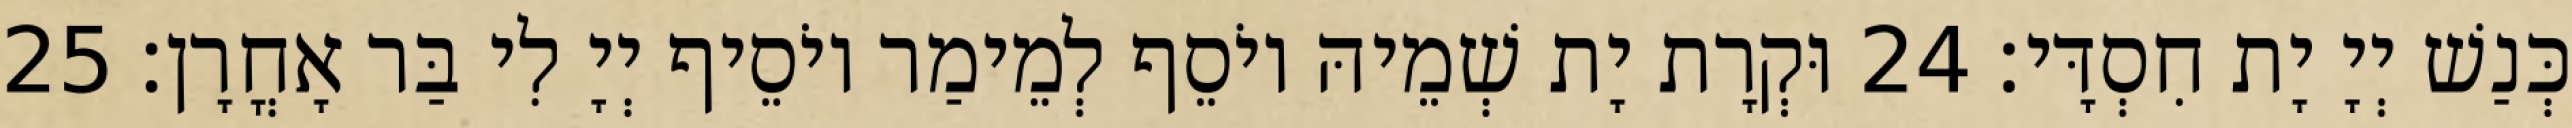
כְּנַשׁ יְיָ יָת חִסְדָּי׃ 24 וּקְרָת יָת שְׁמֵיהּ יוֹסֵף לְמֵימַר יוֹסֵיף יְיָ לִי בַּר אָחֳרָן׃ 25